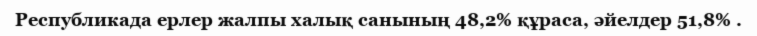
Республикада ерлер жалпы халық санының 48,2% құраса, әйелдер 51,8% .